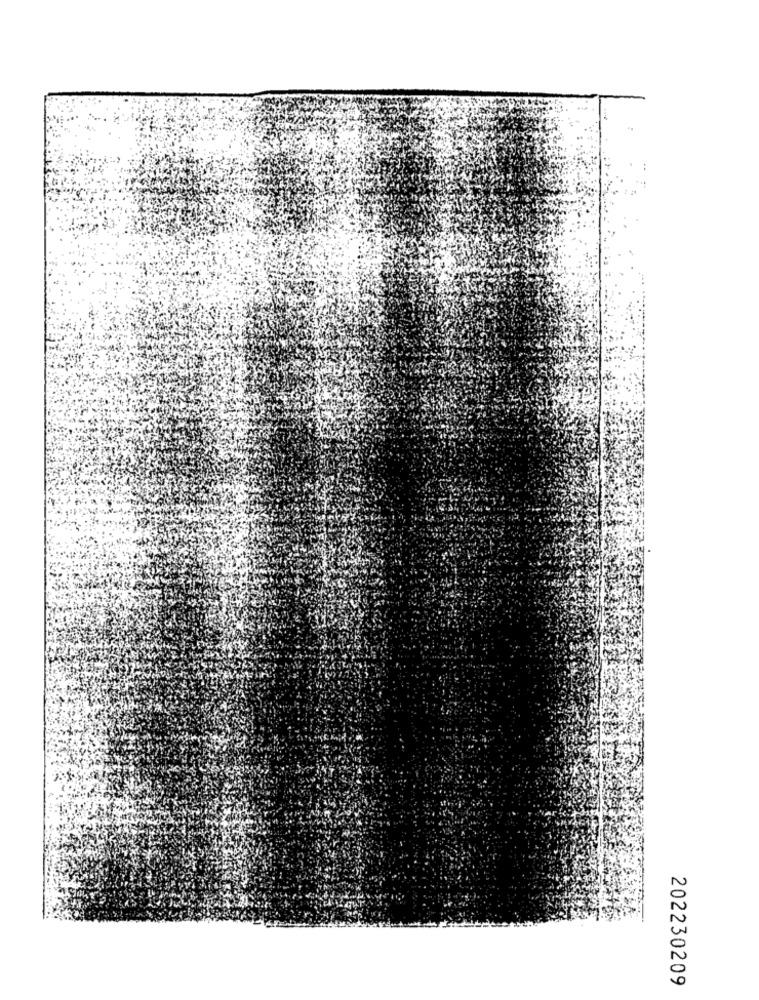
202230209